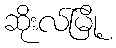
ဆိုးလ်မြို့